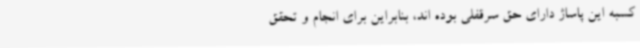
کسبه این پاساژ دارای حق سرقفلی بوده اند، بنابراین برای انجام و تحقق